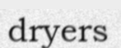
dryers